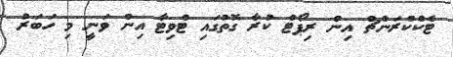
ޓެކްކްރަންޗް އިން ރިޕޯޓް ކުރާ ގޮތުގައި ޓްވިޓާ އިން ވަނީ މި ހަބަރު